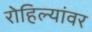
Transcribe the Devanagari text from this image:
रोहिल्यांवर